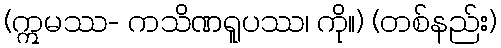
(ဣမဿ- ကသိဏရူပဿ၊ ကို။) (တစ်နည်း)